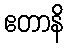
ဧတာနိ